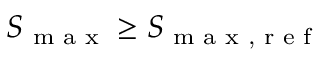
S _ { \textrm { m a x } } \geq S _ { \textrm { m a x , r e f } }